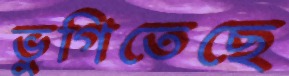
ভুগিতেছে